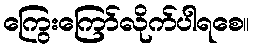
ကြွေးကြော်လိုက်ပါရစေ။